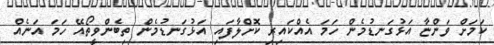
ކަމަށް ވަންޏާ އަޅުގަނޑުމެން ހަމަ އެއްކައިރި ކޮށްލާފައި އަޅުގަނޑުމެން ތިބެންވީތޯއޭ ހަމަ އަނެއް